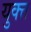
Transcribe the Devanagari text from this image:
युक्त्त